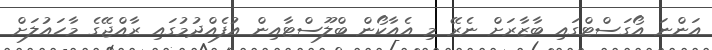
އަންނަ އޯގަސްޓްގައި ބާޒާރަށް ނެރޭ މި އެއާކޯން ބްލޫސްޓާއިން އުފެއްދުމުގައި ރާއްޖޭގެ މާހައުލަށް